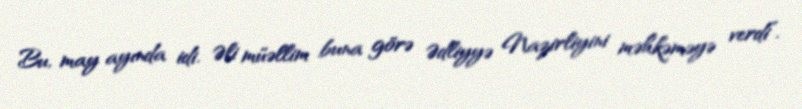
Bu, may ayında idi. Əli müəllim buna görə Ədliyyə Nazirliyini məhkəməyə verdi”.